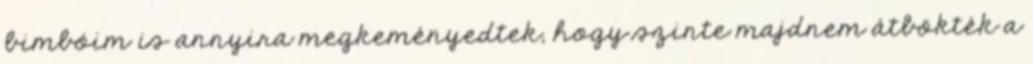
bimbóim is annyira megkeményedtek, hogy szinte majdnem átbökték a